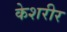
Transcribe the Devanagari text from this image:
केशरीर